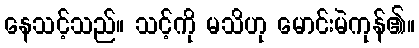
နေသင့်သည်။ သင့်ကို မသိဟု မောင်းမဲကုန်၏။